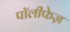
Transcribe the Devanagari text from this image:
पॉलीफेज़